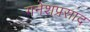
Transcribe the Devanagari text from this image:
गनेशप्रसाद